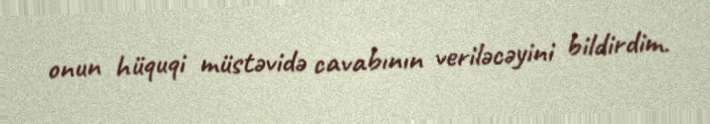
onun hüquqi müstəvidə cavabının veriləcəyini bildirdim.